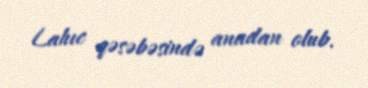
Lahıc qəsəbəsində anadan olub.